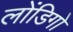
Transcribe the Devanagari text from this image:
लोंडिगो